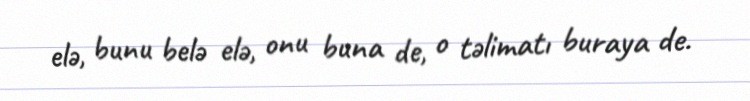
elə, bunu belə elə, onu buna de, o təlimatı buraya de.